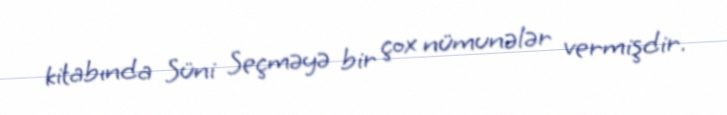
kitabında Süni Seçməyə bir çox nümunələr vermişdir.